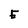
Character: E